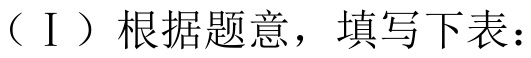
（Ⅰ）根据题意，填写下表：